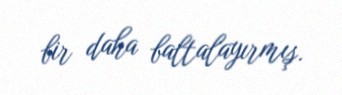
bir daha baltalayırmış.